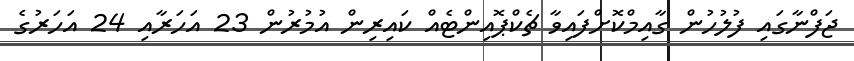
ޖަފްނާގައި ފުލުހުން ގާއިމްކޮށްފައިވާ ޗެކްޕޮއިންޓެއް ކައިރިން އުމުރުން 23 އަހަރާއި 24 އަހަރުގެ